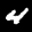
Label: 4